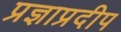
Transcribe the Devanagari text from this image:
प्रज्ञाप्रदीप